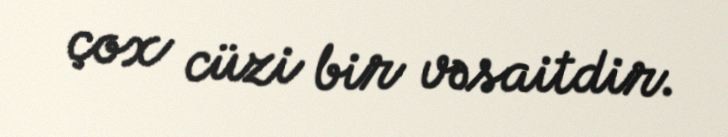
çox cüzi bir vəsaitdir.